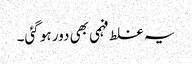
یہ غلط فہمی بھی دور ہو گئی۔